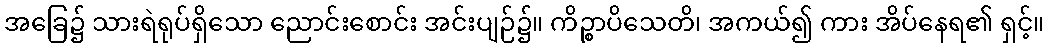
အခြေ၌ သားရဲရုပ်ရှိသော ညောင်းစောင်း အင်းပျဉ်၌။ ကိဉ္စာပိသေတိ၊ အကယ်၍ ကား အိပ်နေရ၏ ရှင့်။